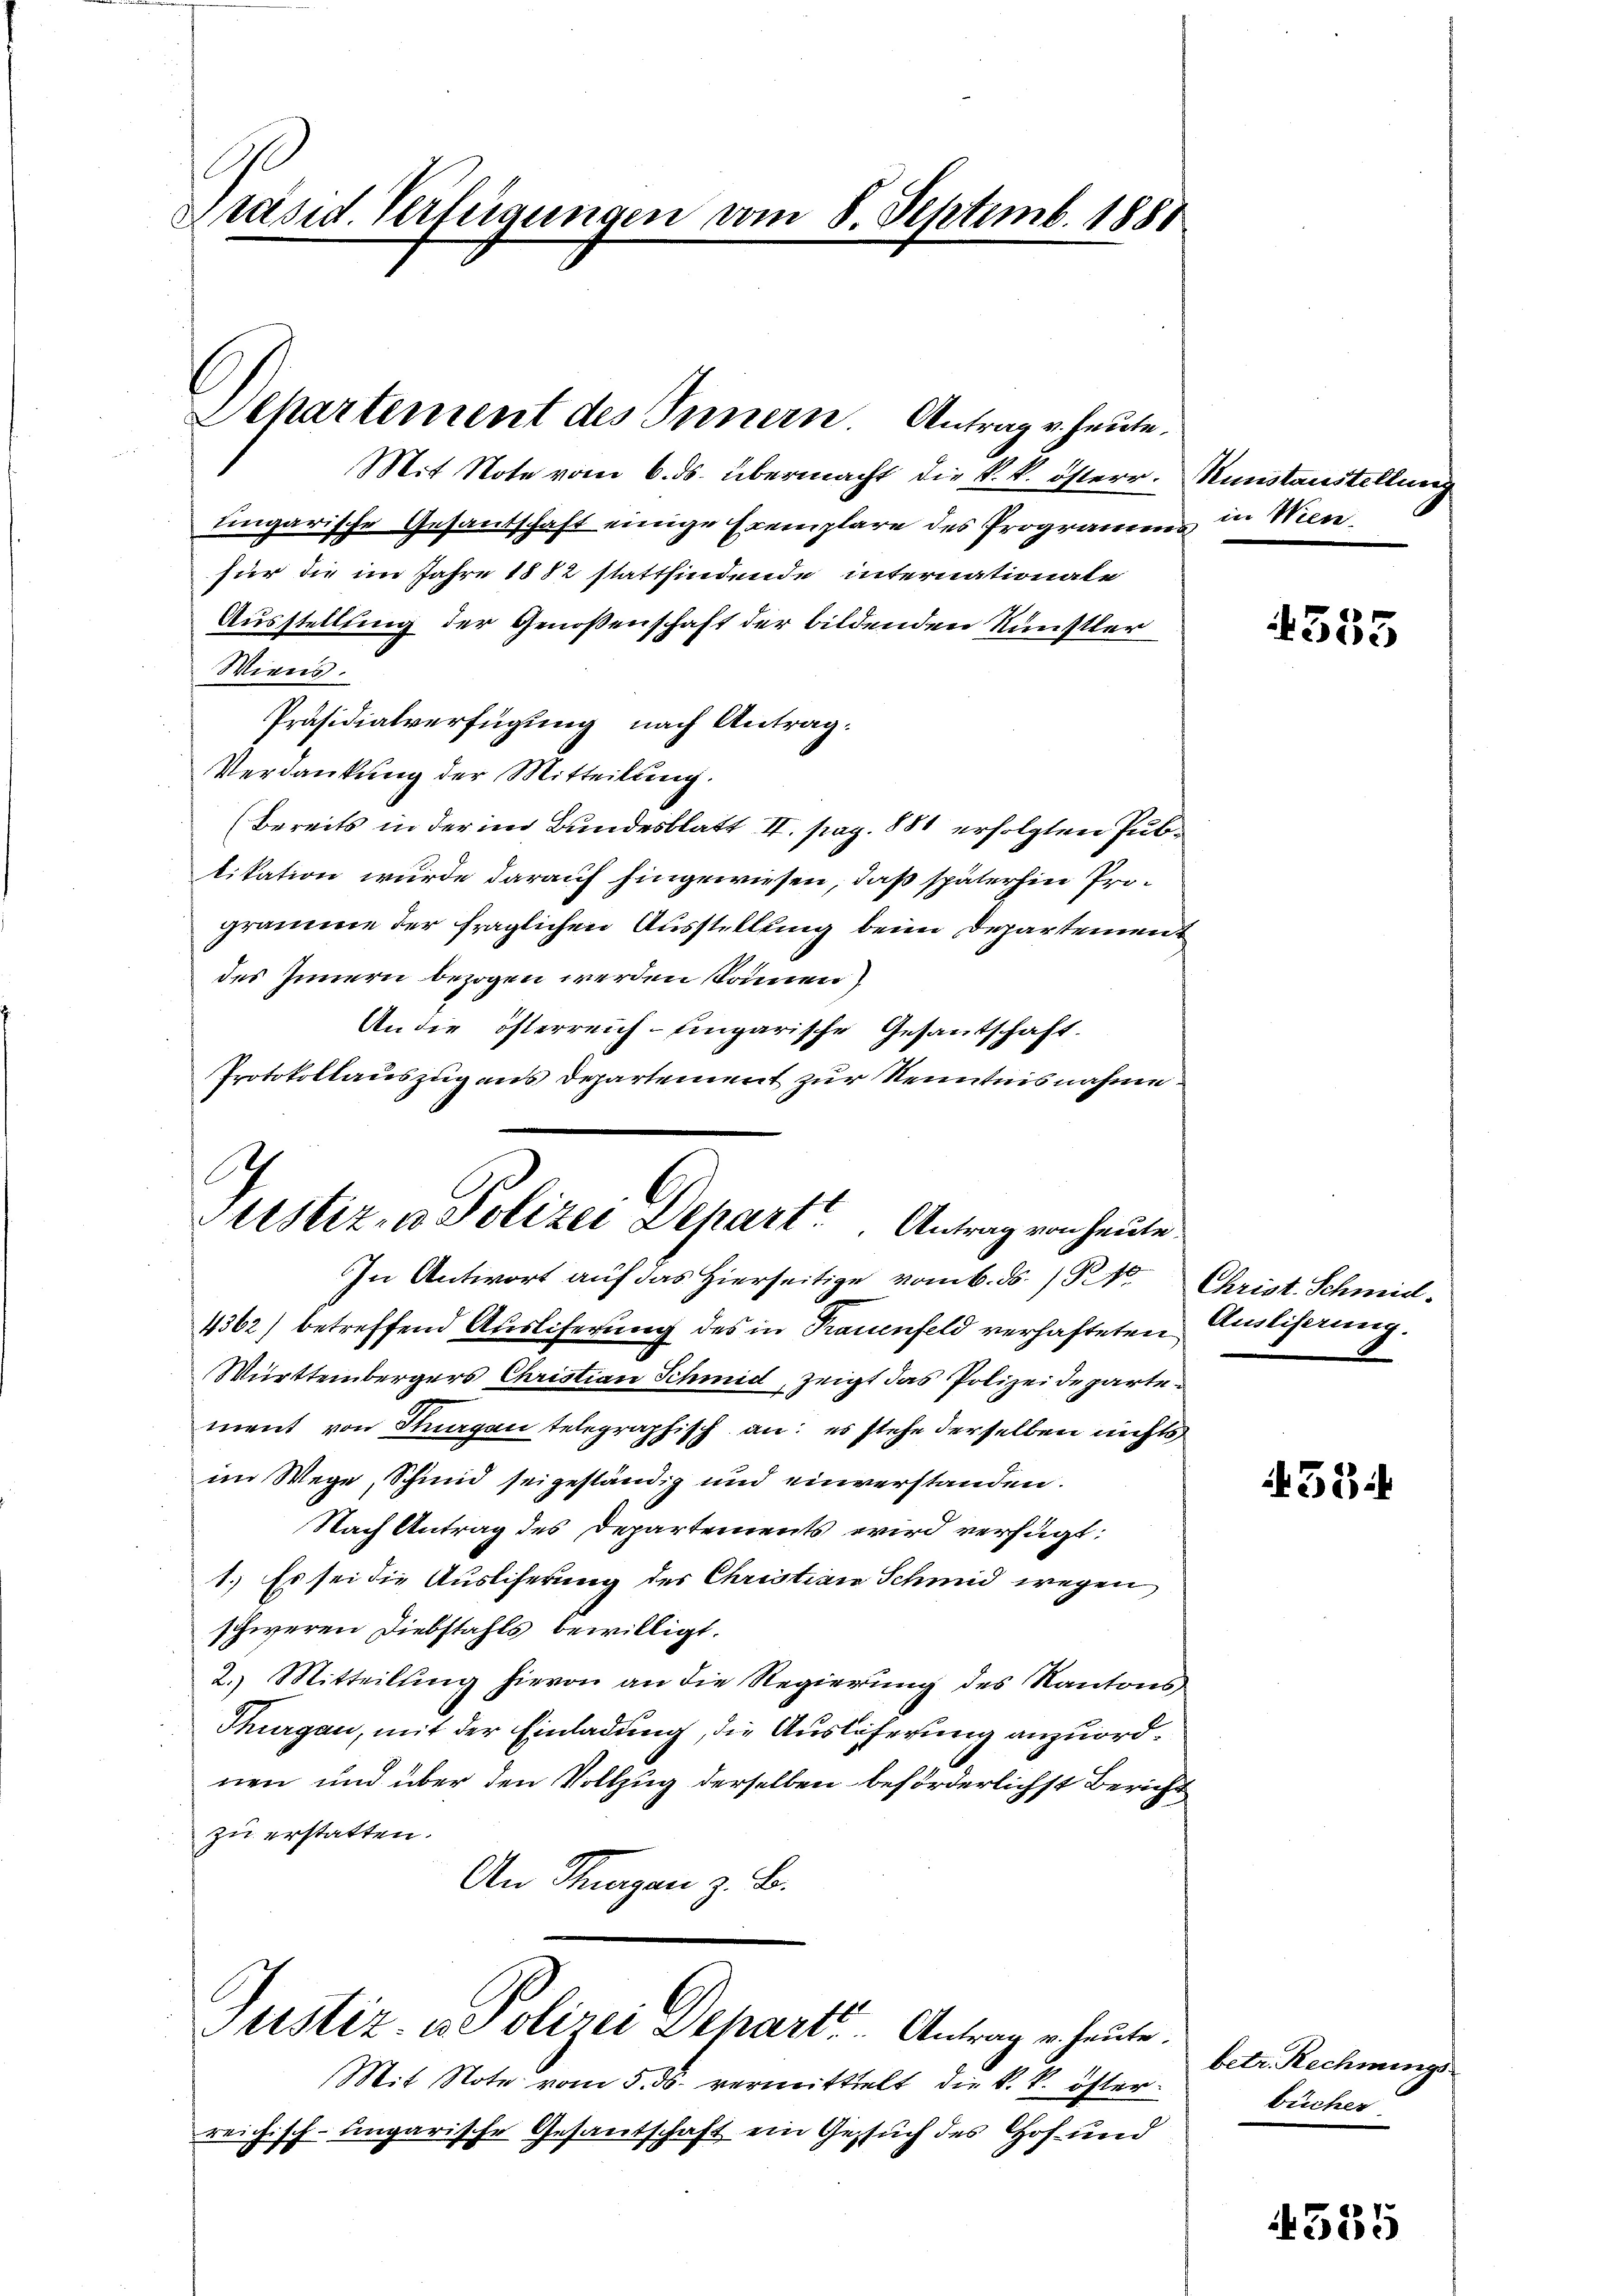
Präsid. Verfügungen vom 8. Septemb. 1880

Separtement des Innern. Antrag u. heute.

Mit Note vom 6. ds. übermacht die k. k. österr. Kunstanstellung
Eingarische Gesandschaft einige Exemplare des Programm in Wienfür die im Jahre 1882 stattfindende internationale
Ausstellung der Genoßenschaft der bildenden Künstler
Wiens.
Präsidialverfügung nach Antrag:
Verdankung der Mitteilung.
(Bereits in der im Bundesblatt II. pag. 881 erfolgten Publikation wurde darauf hingewiesen, daß späterhin Programme der fraglichen Ausstellung beim Departement
des Innern bezogen werden können)
An die österreich-ungarische Gesantschaft.
Protokollauszug aus Departement zur Kenntnisnahme
.

Altstiz- u. Polizei Depart. Antrag von heute.
In Antwort auf das Hierseitige vom 6. ds. 134. Christ. Schmid.

Justiz- ue olizei Deharte Antrag u. heute.

4362) betreffend Ausliferung des in Frauenfeld verhafteten Amtlicherung.
Württembergers Christian Schmid, zeigt das Polizeidepartement von Stegen telegraphisch an: es stehe derselben nichts
im Wege, Schmid sei geständig und einverstanden.
Nach Antrag des Departements wird verfügt:
1.) Es sei die Auslieferung des Christian Schmid wegen
schweren Diebstahls bewilligt.
2.) Mitteilung hievon an die Regierung des Kantons
Thurgau, mit der Einladung, die Auslöserung anzuordnen und über den Vollzug derselben beförderlichst Bericht
zu erstatten.
An Stangen z. B.

Mit Note vom 5. ds. vermittelt die k. k. österreitisch-ungarische Gesandschaft ein Gesuch des Hof und
.

555

4384

betr. Rechnungs
bücher

4585